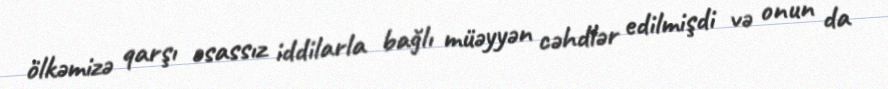
ölkəmizə qarşı əsassız iddilarla bağlı müəyyən cəhdlər edilmişdi və onun da